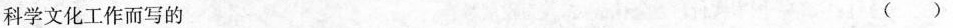
科学文化工作而写的 （）